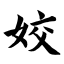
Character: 姣